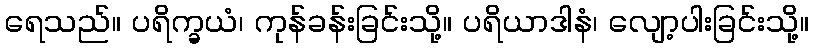
ရေသည်။ ပရိက္ခယံ၊ ကုန်ခန်းခြင်းသို့။ ပရိယာဒါနံ၊ လျော့ပါးခြင်းသို့။